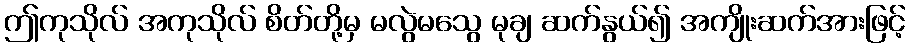
ဤကုသိုလ် အကုသိုလ် စိတ်တို့မှ မလွဲမသွေ မုချ ဆက်နွယ်၍ အကျိုးဆက်အားဖြင့်